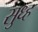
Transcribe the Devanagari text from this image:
सुध्ह